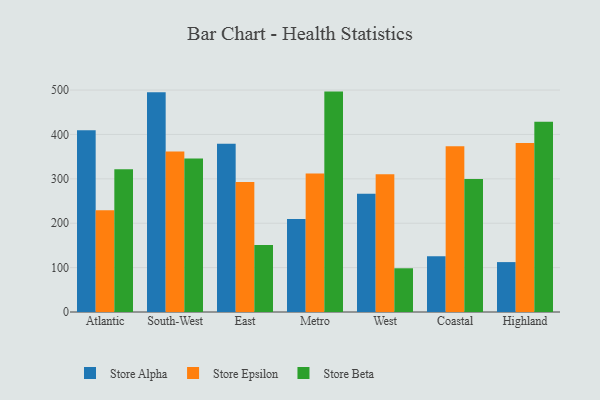
{"axis": {"x": "Region", "y": "Demand Index"}, "legend": ["Store Alpha", "Store Beta", "Store Epsilon"], "data": [{"x": "Atlantic", "y": 409.7, "type": "Store Alpha"}, {"x": "Atlantic", "y": 229.2, "type": "Store Epsilon"}, {"x": "Atlantic", "y": 321.6, "type": "Store Beta"}, {"x": "South-West", "y": 495.0, "type": "Store Alpha"}, {"x": "South-West", "y": 361.4, "type": "Store Epsilon"}, {"x": "South-West", "y": 345.7, "type": "Store Beta"}, {"x": "East", "y": 379.3, "type": "Store Alpha"}, {"x": "East", "y": 292.8, "type": "Store Epsilon"}, {"x": "East", "y": 150.7, "type": "Store Beta"}, {"x": "Metro", "y": 209.6, "type": "Store Alpha"}, {"x": "Metro", "y": 312.1, "type": "Store Epsilon"}, {"x": "Metro", "y": 496.5, "type": "Store Beta"}, {"x": "West", "y": 266.2, "type": "Store Alpha"}, {"x": "West", "y": 310.3, "type": "Store Epsilon"}, {"x": "West", "y": 98.5, "type": "Store Beta"}, {"x": "Coastal", "y": 125.8, "type": "Store Alpha"}, {"x": "Coastal", "y": 373.4, "type": "Store Epsilon"}, {"x": "Coastal", "y": 299.7, "type": "Store Beta"}, {"x": "Highland", "y": 112.4, "type": "Store Alpha"}, {"x": "Highland", "y": 380.5, "type": "Store Epsilon"}, {"x": "Highland", "y": 428.4, "type": "Store Beta"}]}